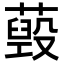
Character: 𦽐